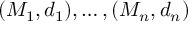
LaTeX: ( M _ { 1 } , d _ { 1 } ) , \ldots , ( M _ { n } , d _ { n } )